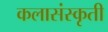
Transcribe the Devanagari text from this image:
कलासंस्कृती